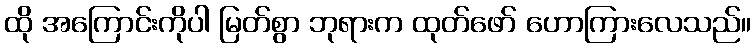
ထို အကြောင်းကိုပါ မြတ်စွာ ဘုရားက ထုတ်ဖော် ဟောကြားလေသည်။